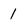
Character: 1